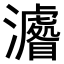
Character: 𤃔